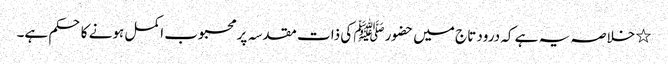
٭ خلاصہ یہ ہے کہ درود تاج میں حضورﷺ کی ذات مقدسہ پر محبوب اکمل ہونے کا حکم ہے۔